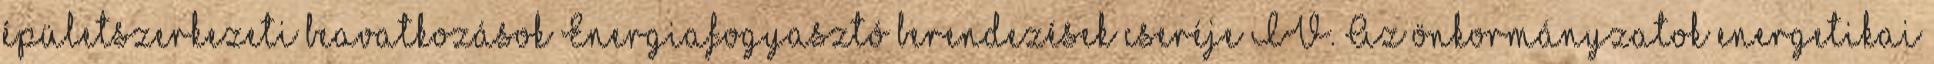
épületszerkezeti beavatkozások Energiafogyasztó berendezések cseréje IV. Az önkormányzatok energetikai